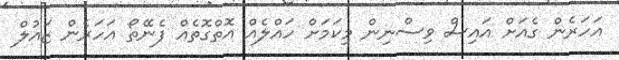
އަހަރެން ގެއަށް އައިސް ވިސްނިން މިކަމަށް ހައްލެއް އޮތްގޮތެއް ފެނޭތޯ އަހަރެން ޒައުލް